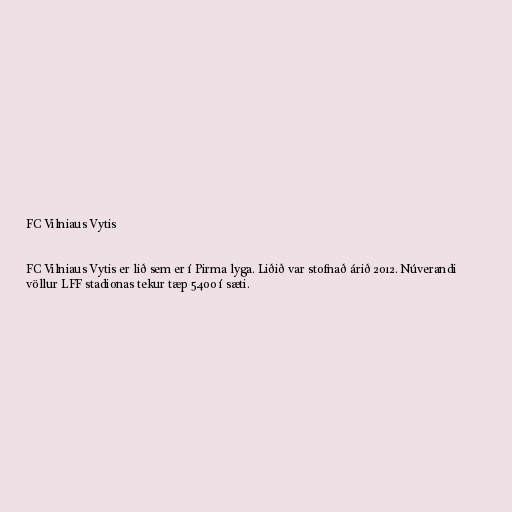
FC Vilniaus Vytis

FC Vilniaus Vytis er lið sem er í Pirma lyga. Liðið var stofnað árið 2012. Núverandi
völlur LFF stadionas tekur tæp 5.400 í sæti.